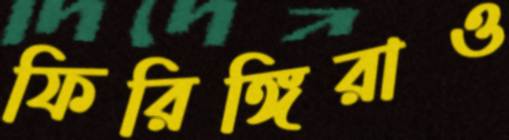
ফিরিঙ্গিরাও